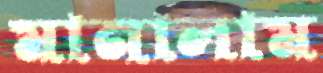
মানালাম